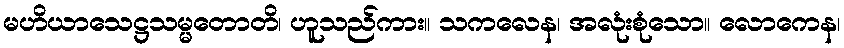
မဟိယာသေဋ္ဌသမ္မတောတိ၊ ဟူသည်ကား။ သကလေန၊ အလုံးစုံသော။ လောကေန၊